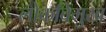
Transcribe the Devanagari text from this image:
लोकविमुख